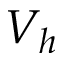
V _ { h }